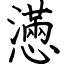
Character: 懣